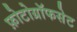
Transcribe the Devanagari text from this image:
फ़ोटोग्रॉफसेट